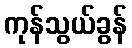
ကုန်သွယ်ခွန်